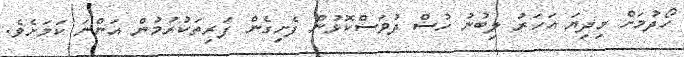
ހޯދުމަށް މިދިޔަ އަހަރު ލިބުނު ހުސް ދުވަސްކޮޅުން ފެށިގެން ފަރިތަކުރުމުން އަންނަ ކަމަށެވެ.